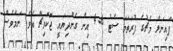
ފައިނަލް މެޗުގެ ފުރަތަމަ ސެޓު 6-4 އިން ގެންދިޔައީ ޖޮކޮވިޗް އެވެ. ނަމަވެސް